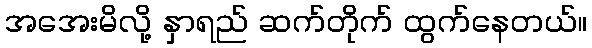
အအေးမိလို့ နှာရည် ဆက်တိုက် ထွက်နေတယ်။